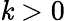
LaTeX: \mathit{k}>0